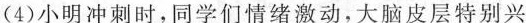
(4)小明冲刺时，同学们情绪激动，大脑皮层特别兴